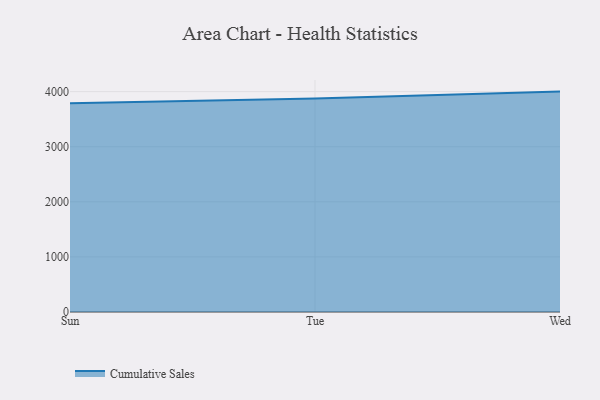
{"axis": {"x": "Day", "y": "Active Users"}, "legend": ["Cumulative Sales"], "data": [{"x": "Sun", "y": 3789.2, "type": "Cumulative Sales"}, {"x": "Tue", "y": 3876.3, "type": "Cumulative Sales"}, {"x": "Wed", "y": 4000.3, "type": "Cumulative Sales"}]}